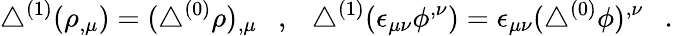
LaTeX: \triangle^{(1)}(\rho_{,\mu})=(\triangle^{(0)}\rho)_{,\mu}~~~,~~~\triangle^{(1)}(\epsilon_{\mu\nu}\phi^{,\nu})=\epsilon_{\mu\nu}(\triangle^{(0)}\phi)^{,\nu}~~~.